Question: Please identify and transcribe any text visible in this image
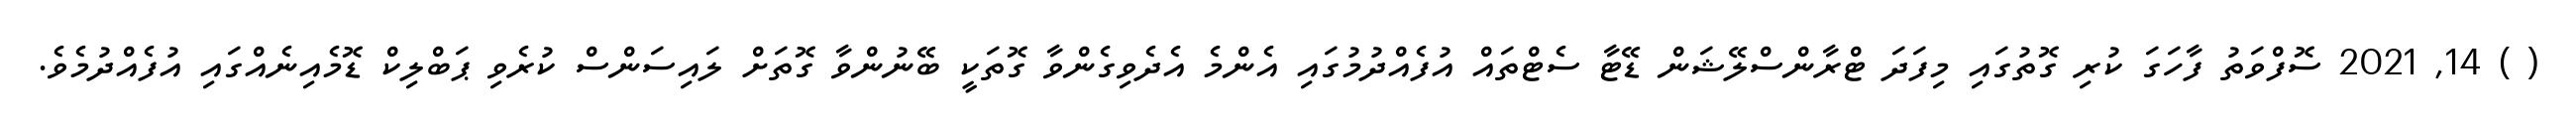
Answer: ( ) 14, 2021 ސޮފްވަތު ފާހަގަ ކުރި ގޮތުގައި މިފަދަ ޓްރާންސްލޭޝަން ޑޭޓާ ސެޓްތައް އުފެއްދުމުގައި އެންމެ އެދެވިގެންވާ ގޮތަކީ ބޭނުންވާ ގޮތަށް ލައިސަންސް ކުރެވި ޕަބްލިކް ޑޮމެއިނެއްގައި އުފެއްދުމެވެ.